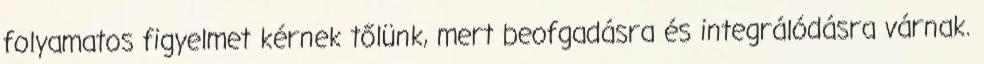
folyamatos figyelmet kérnek tőlünk, mert beofgadásra és integrálódásra várnak.